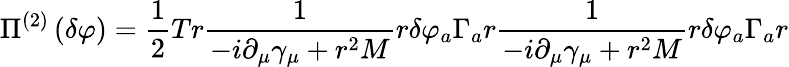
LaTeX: \Pi^{\left(2\right)}\left(\delta\varphi\right)=\frac 12Tr\frac 1{-i\partial_{\mu}\gamma_{\mu}+r^{2}M}r\delta\varphi_{a}\Gamma_{a}r\frac 1{-i\partial_{\mu}\gamma_{\mu}+r^{2}M}r\delta\varphi_{a}\Gamma_{a}r